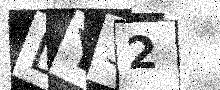
Text: DY32